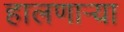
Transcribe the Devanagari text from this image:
हालणार्‍या